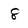
Character: 8